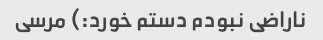
ناراضی نبودم دستم خورد:) مرسی